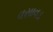
વસાવડ